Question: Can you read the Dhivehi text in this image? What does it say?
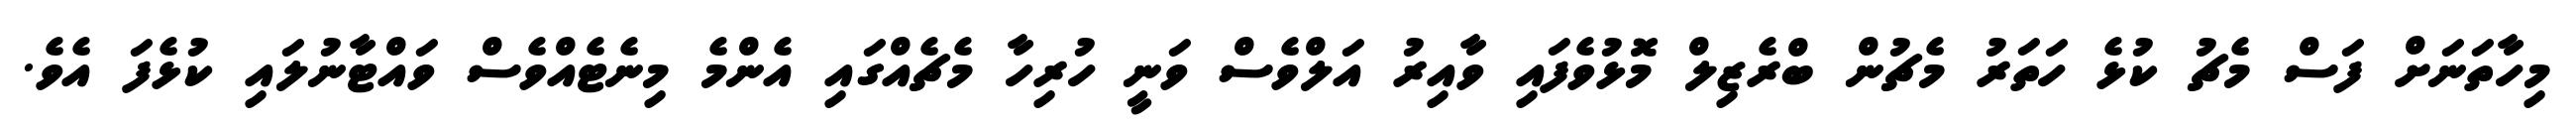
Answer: މިހާތަނަށް ފަސް މެޗު ކުޅެ ހަތަރު މެޗުން ބްރެޒިލް މޮޅުވެފައި ވާއިރު އަލްވެސް ވަނީ ހުރިހާ މެޗެއްގައި އެންމެ މިނެޓެއްވެސް ވައްޓާނުލައި ކުޅެފަ އެވެ.